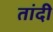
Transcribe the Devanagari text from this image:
तांदी